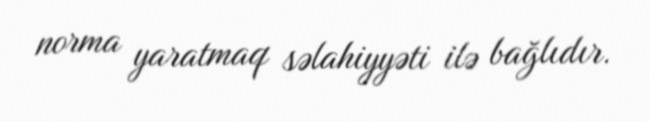
norma yaratmaq səlahiyyəti ilə bağlıdır.